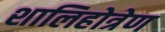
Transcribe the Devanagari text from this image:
शालिहोत्रेण